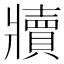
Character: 𬌏